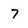
Character: 7